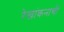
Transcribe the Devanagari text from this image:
रेखांकनाची